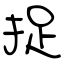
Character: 捉